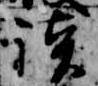
談